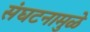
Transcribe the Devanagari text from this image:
संघटनामुळे